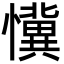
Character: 懻